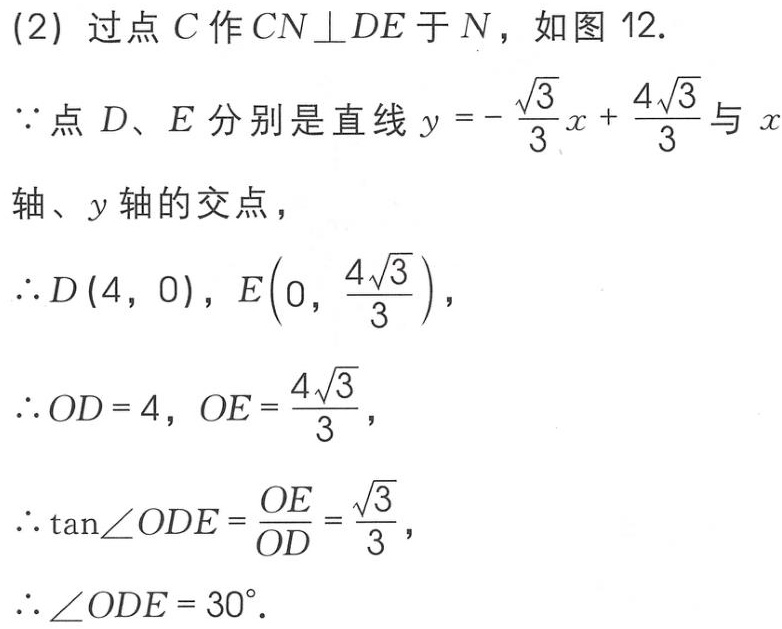
(2) 过点 \(C\) 作 \(CN\perp DE\) 于 \(N\)，如图 12.
\(\because\) 点 \(D\)、\(E\) 分别是直线 \(y = -\frac{\sqrt{3}}{3}x+\frac{4\sqrt{3}}{3}\) 与 \(x\) 轴、\(y\) 轴的交点，
\(\therefore D(4,0)\)，\(E\left(0,\frac{4\sqrt{3}}{3}\right)\)，
\(\therefore OD = 4\)，\(OE=\frac{4\sqrt{3}}{3}\)，
\(\therefore \tan\angle ODE=\frac{OE}{OD}=\frac{\sqrt{3}}{3}\)，
\(\therefore \angle ODE = 30^{\circ}\).